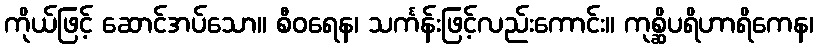
ကိုယ်ဖြင့် ဆောင်အပ်သော။ စီဝရေန၊ သင်္ကန်းဖြင့်လည်းကောင်း။ ကုစ္ဆိပရိဟာရိကေန၊